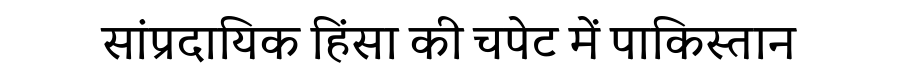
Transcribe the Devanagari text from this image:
सांप्रदायिक हिंसा की चपेट में पाकिस्तान